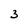
Character: 3